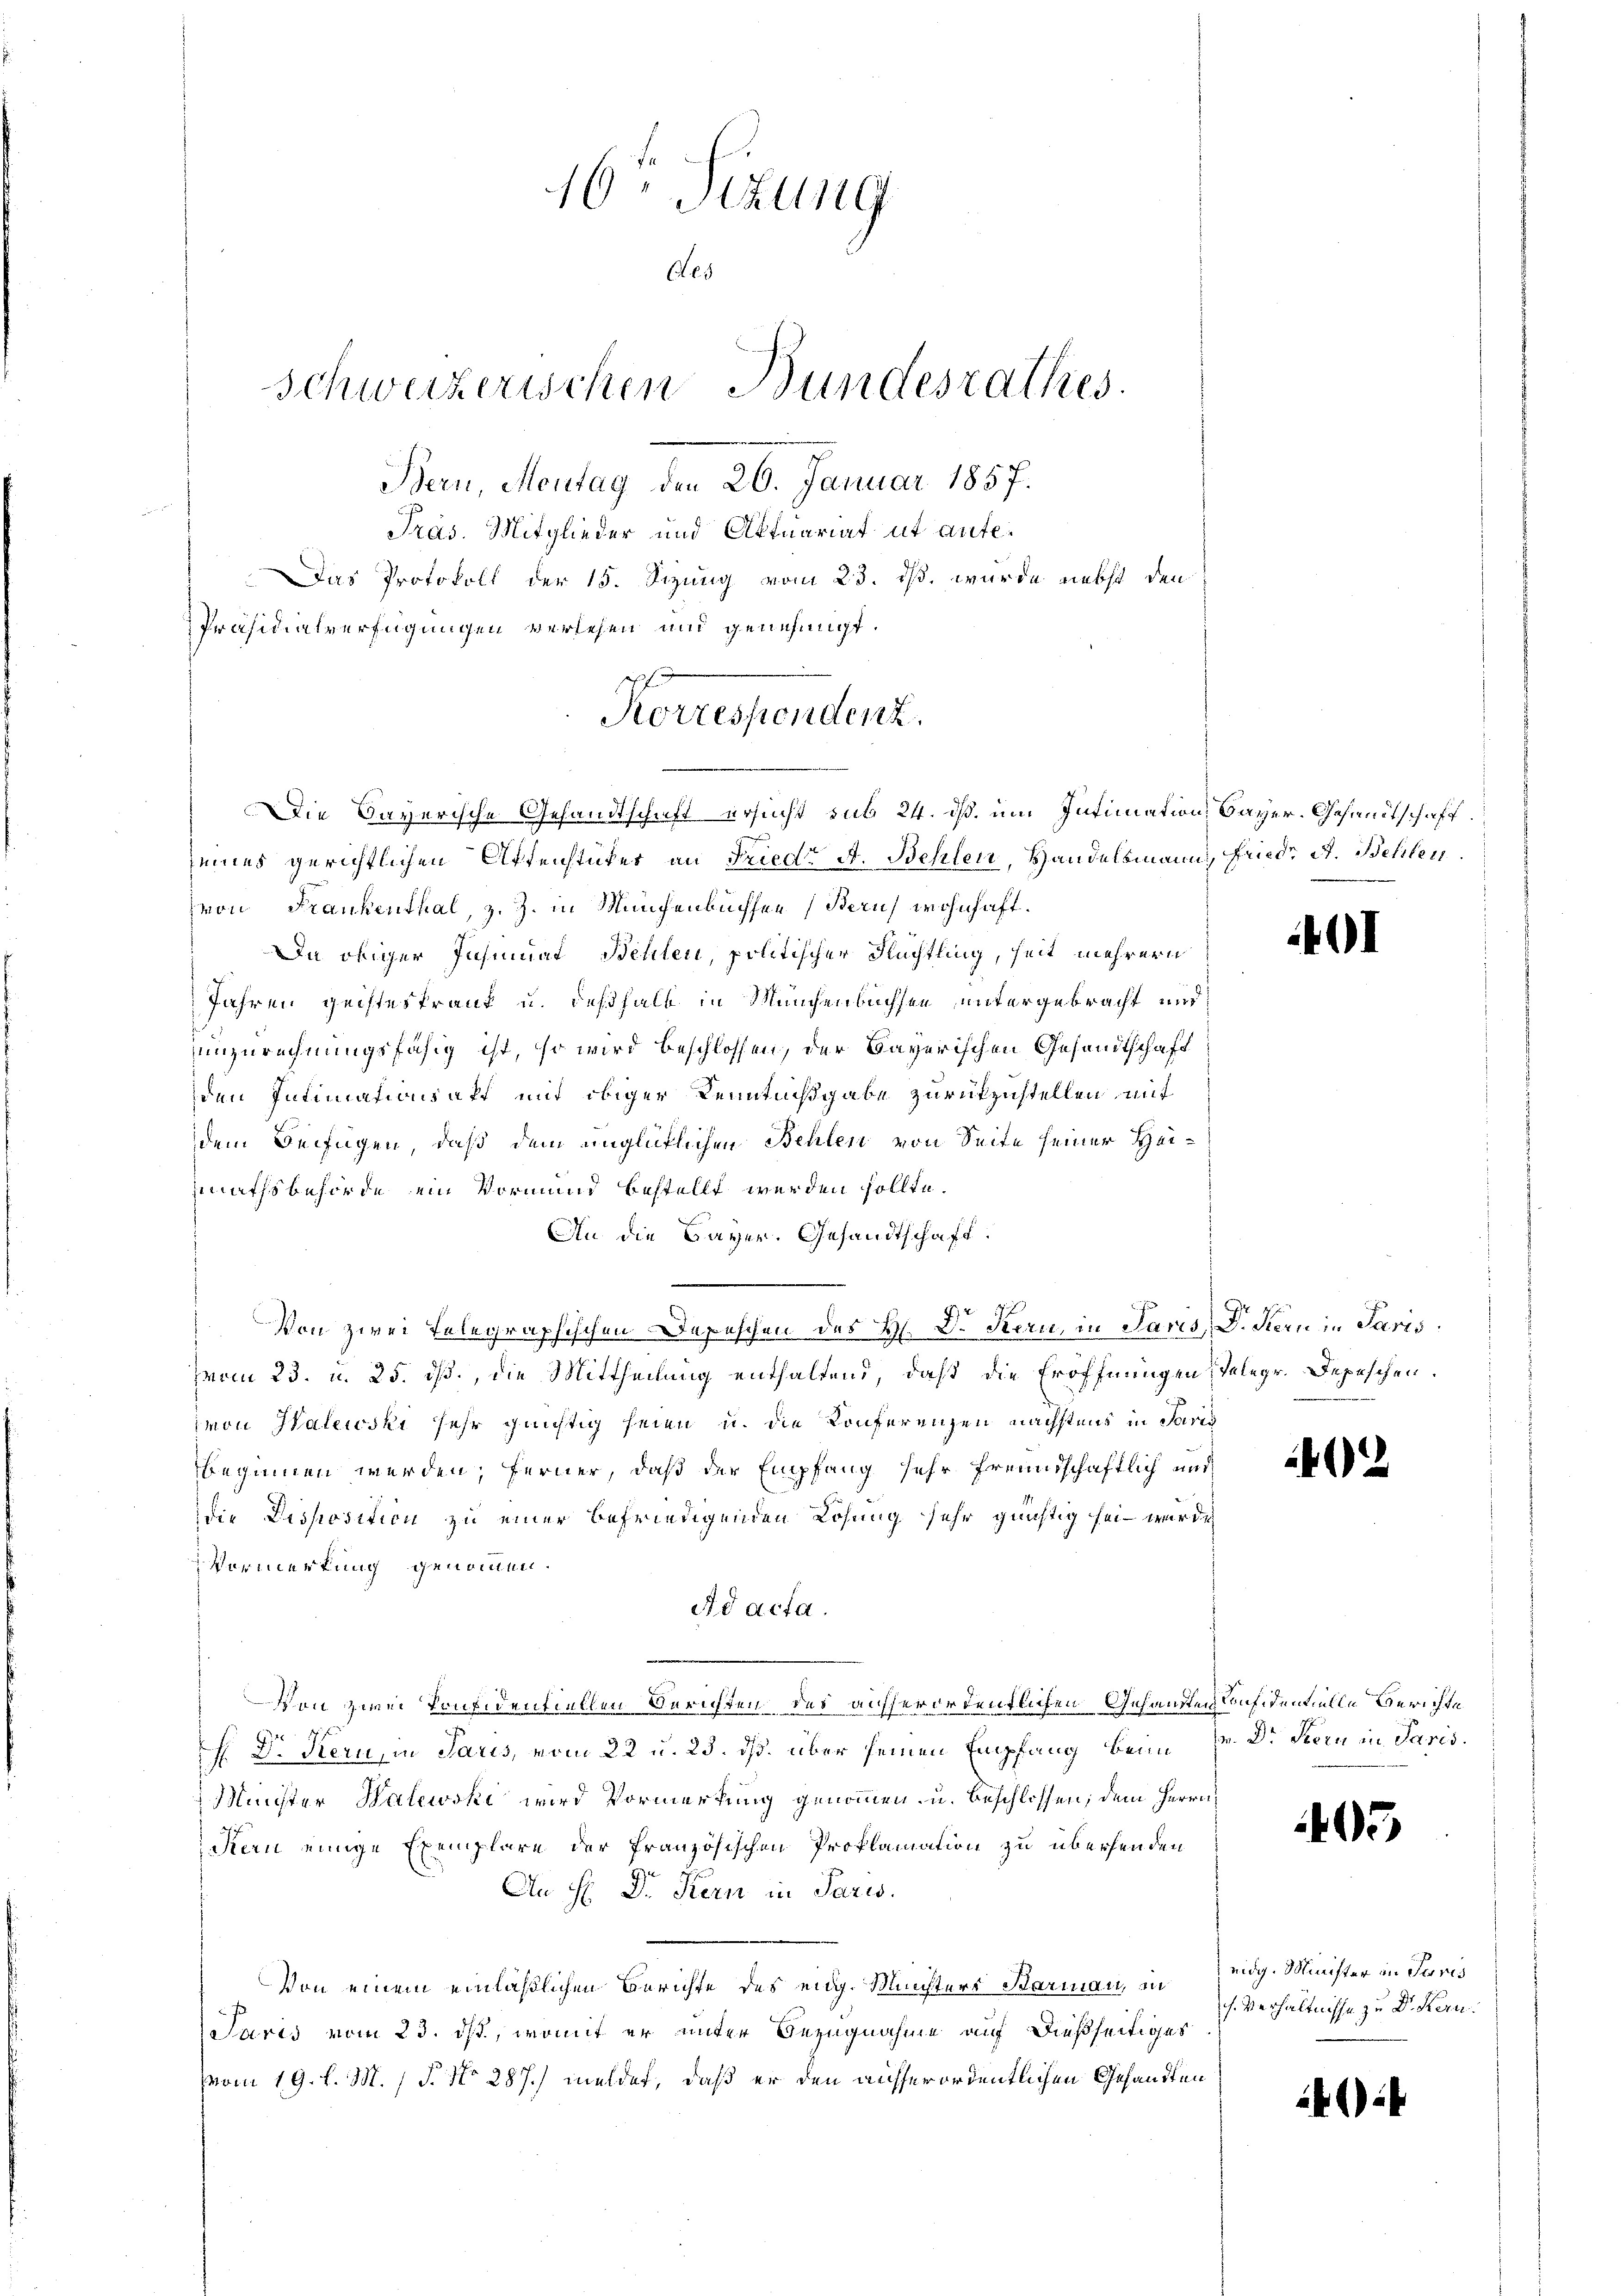
165 Sizung
Aes
Schweizerischen Bundesrathes.
Bern, Montag den 26. Januar 1857.
Pras. Mitglieder und Aktuariat ut ante
Das Protokoll der 15. Sizung vom 23. ds. wurde nebst den
Präsidialverfügungen versehen und genehmigt.

Korrespendenz.

Die Bayerische Gesandtschaft ersucht sub 24. dß. um Intimation, Bayer. Gesandtschaft
seines gerichtlichen Affenstückes an Friede A. Behlen, Handelsmann, Fried. A. Behlen
heon Frankenthal, z. Z. in Münchenbüchsen (Bern, wohnhaft.
Da obiger Insinuat Behlen, politischer Rechtling, heit mehrern
Jahren geisteskrank u. deßhalb in Münchenbuchsen untergebracht und
unzurechnungsfähig ist, so wird beschlossen, der Bayerischen Gesandtschaft
den Intimationsakt mit obiger Kenntnißgabe zurückzustellen mit
dem Beifügen, daß dem unglücklichen Behlen von Seite seiner Heimathsbehörde ein Vormund bestellt werden sollte.
An die Bayer. Gesandtschaft.
Von zwei Telegraphischen Depeschen des H. Dr Kern, in Paris, D. Seen in Paris
zvom 23. u. 25. dß., die Mittheilung enthaltend, daß die Eröffnungen Telegr. Depeschen.
von Halewski sehr günstig seien u. die Konferenzen nächstens in Parig
beginnen werden, ferner, daß der Empfang sehr freundschaftlich und
die Disposition zu einer befriedigenden Lösung sehr günstig sei wurde,
Vormerkung genommen.
Ad acta.
Von zwei Konfidentiellen Berichten des aufserordentlichen Gesandten anfidentielle Berichte
H. Dr. Stern, in Paris, vom 22 u. 23. ds. über seinen Empfang beim Fr. Dr Stern in Paris.
Minister Halewski wird Vormerkung genommen, u. beschlossen, dem Herrn
Kern einige Exemplare der französischen Proklamation zu überhenden
An H: Dr. Kern in Paris.
Von einem einläßlichen Berichte des eidg. Münsters Barmann, in eidg. Minister in Juris
Jaris vom 23. ist, womit er unter Bezugnahme auf dießseitiges
vom 19. d. M. (§. No 287.) meldet, daß er den ausserordentlichen Gesandten

41)

402

05

h. Verhältnisse zu Dr. Kern.

24